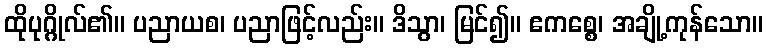
ထိုပုဂ္ဂိုလ်၏။ ပညာယစ၊ ပညာဖြင့်လည်း။ ဒိသွာ၊ မြင်၍။ ဧကစ္စေ၊ အချို့ကုန်သော။